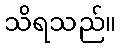
သိရသည်။